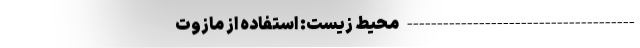
-------------------------------------- محیط‌ زیست: استفاده از مازوت